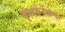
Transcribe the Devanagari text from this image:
बृध्दकेदारेश्वर